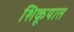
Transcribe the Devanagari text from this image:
शिकूयात